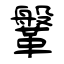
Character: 鞶